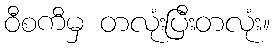
ဝီစကီမှ တလုံးပြီးတလုံး။